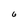
Character: 6